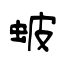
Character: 蚾